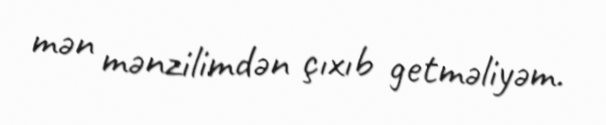
mən mənzilimdən çıxıb getməliyəm.